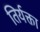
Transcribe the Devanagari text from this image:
तिर्यक्ता